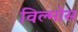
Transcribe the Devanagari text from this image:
विल्मोस